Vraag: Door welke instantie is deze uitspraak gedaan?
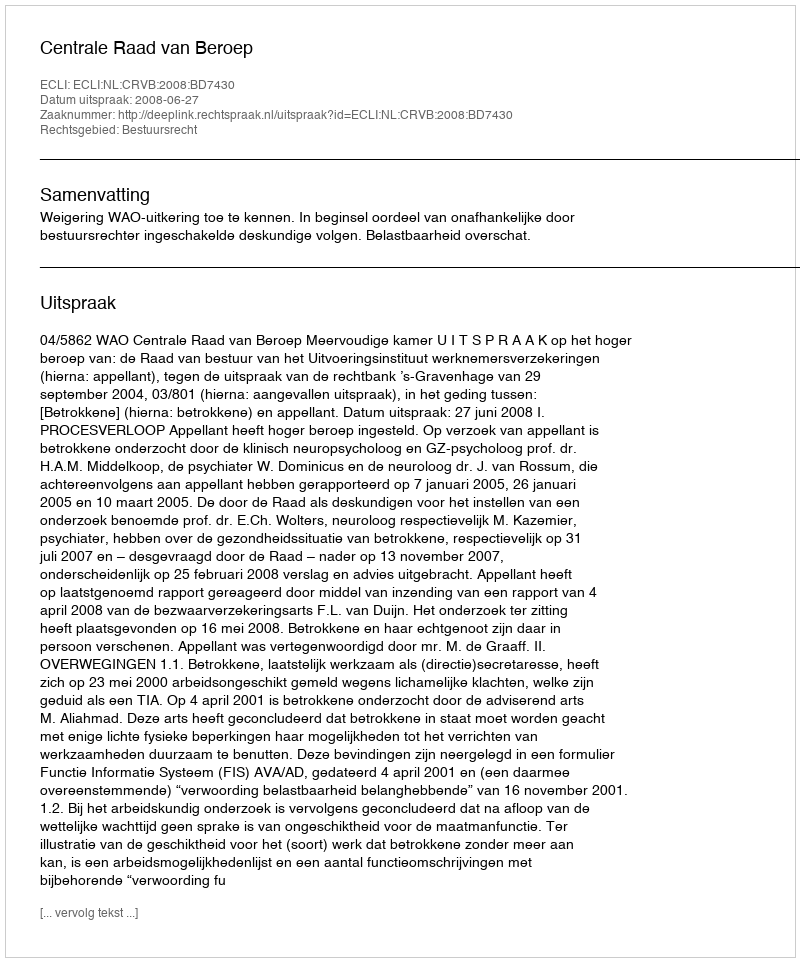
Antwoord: Centrale Raad van Beroep